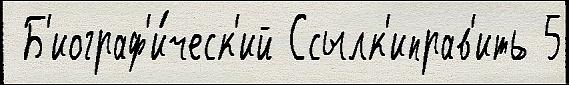
 Б'иограф'и́ческ'ий Ссылк'иправ'ить 5